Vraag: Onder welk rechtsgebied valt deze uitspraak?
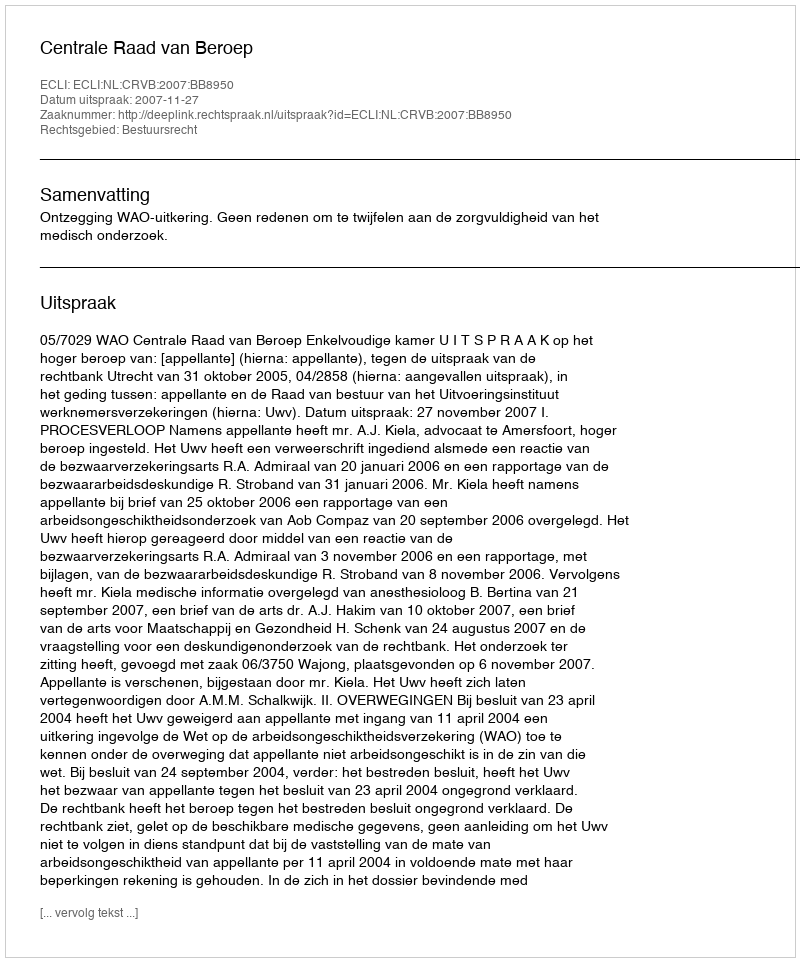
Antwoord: Bestuursrecht